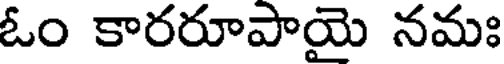
ఓం కారరూపాయై నమః